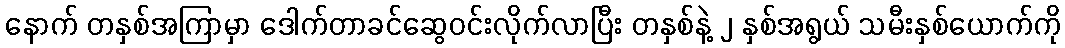
နောက် တနှစ်အကြာမှာ ဒေါက်တာခင်ဆွေဝင်းလိုက်လာပြီး တနှစ်နဲ့ ၂ နှစ်အရွယ် သမီးနှစ်ယောက်ကို